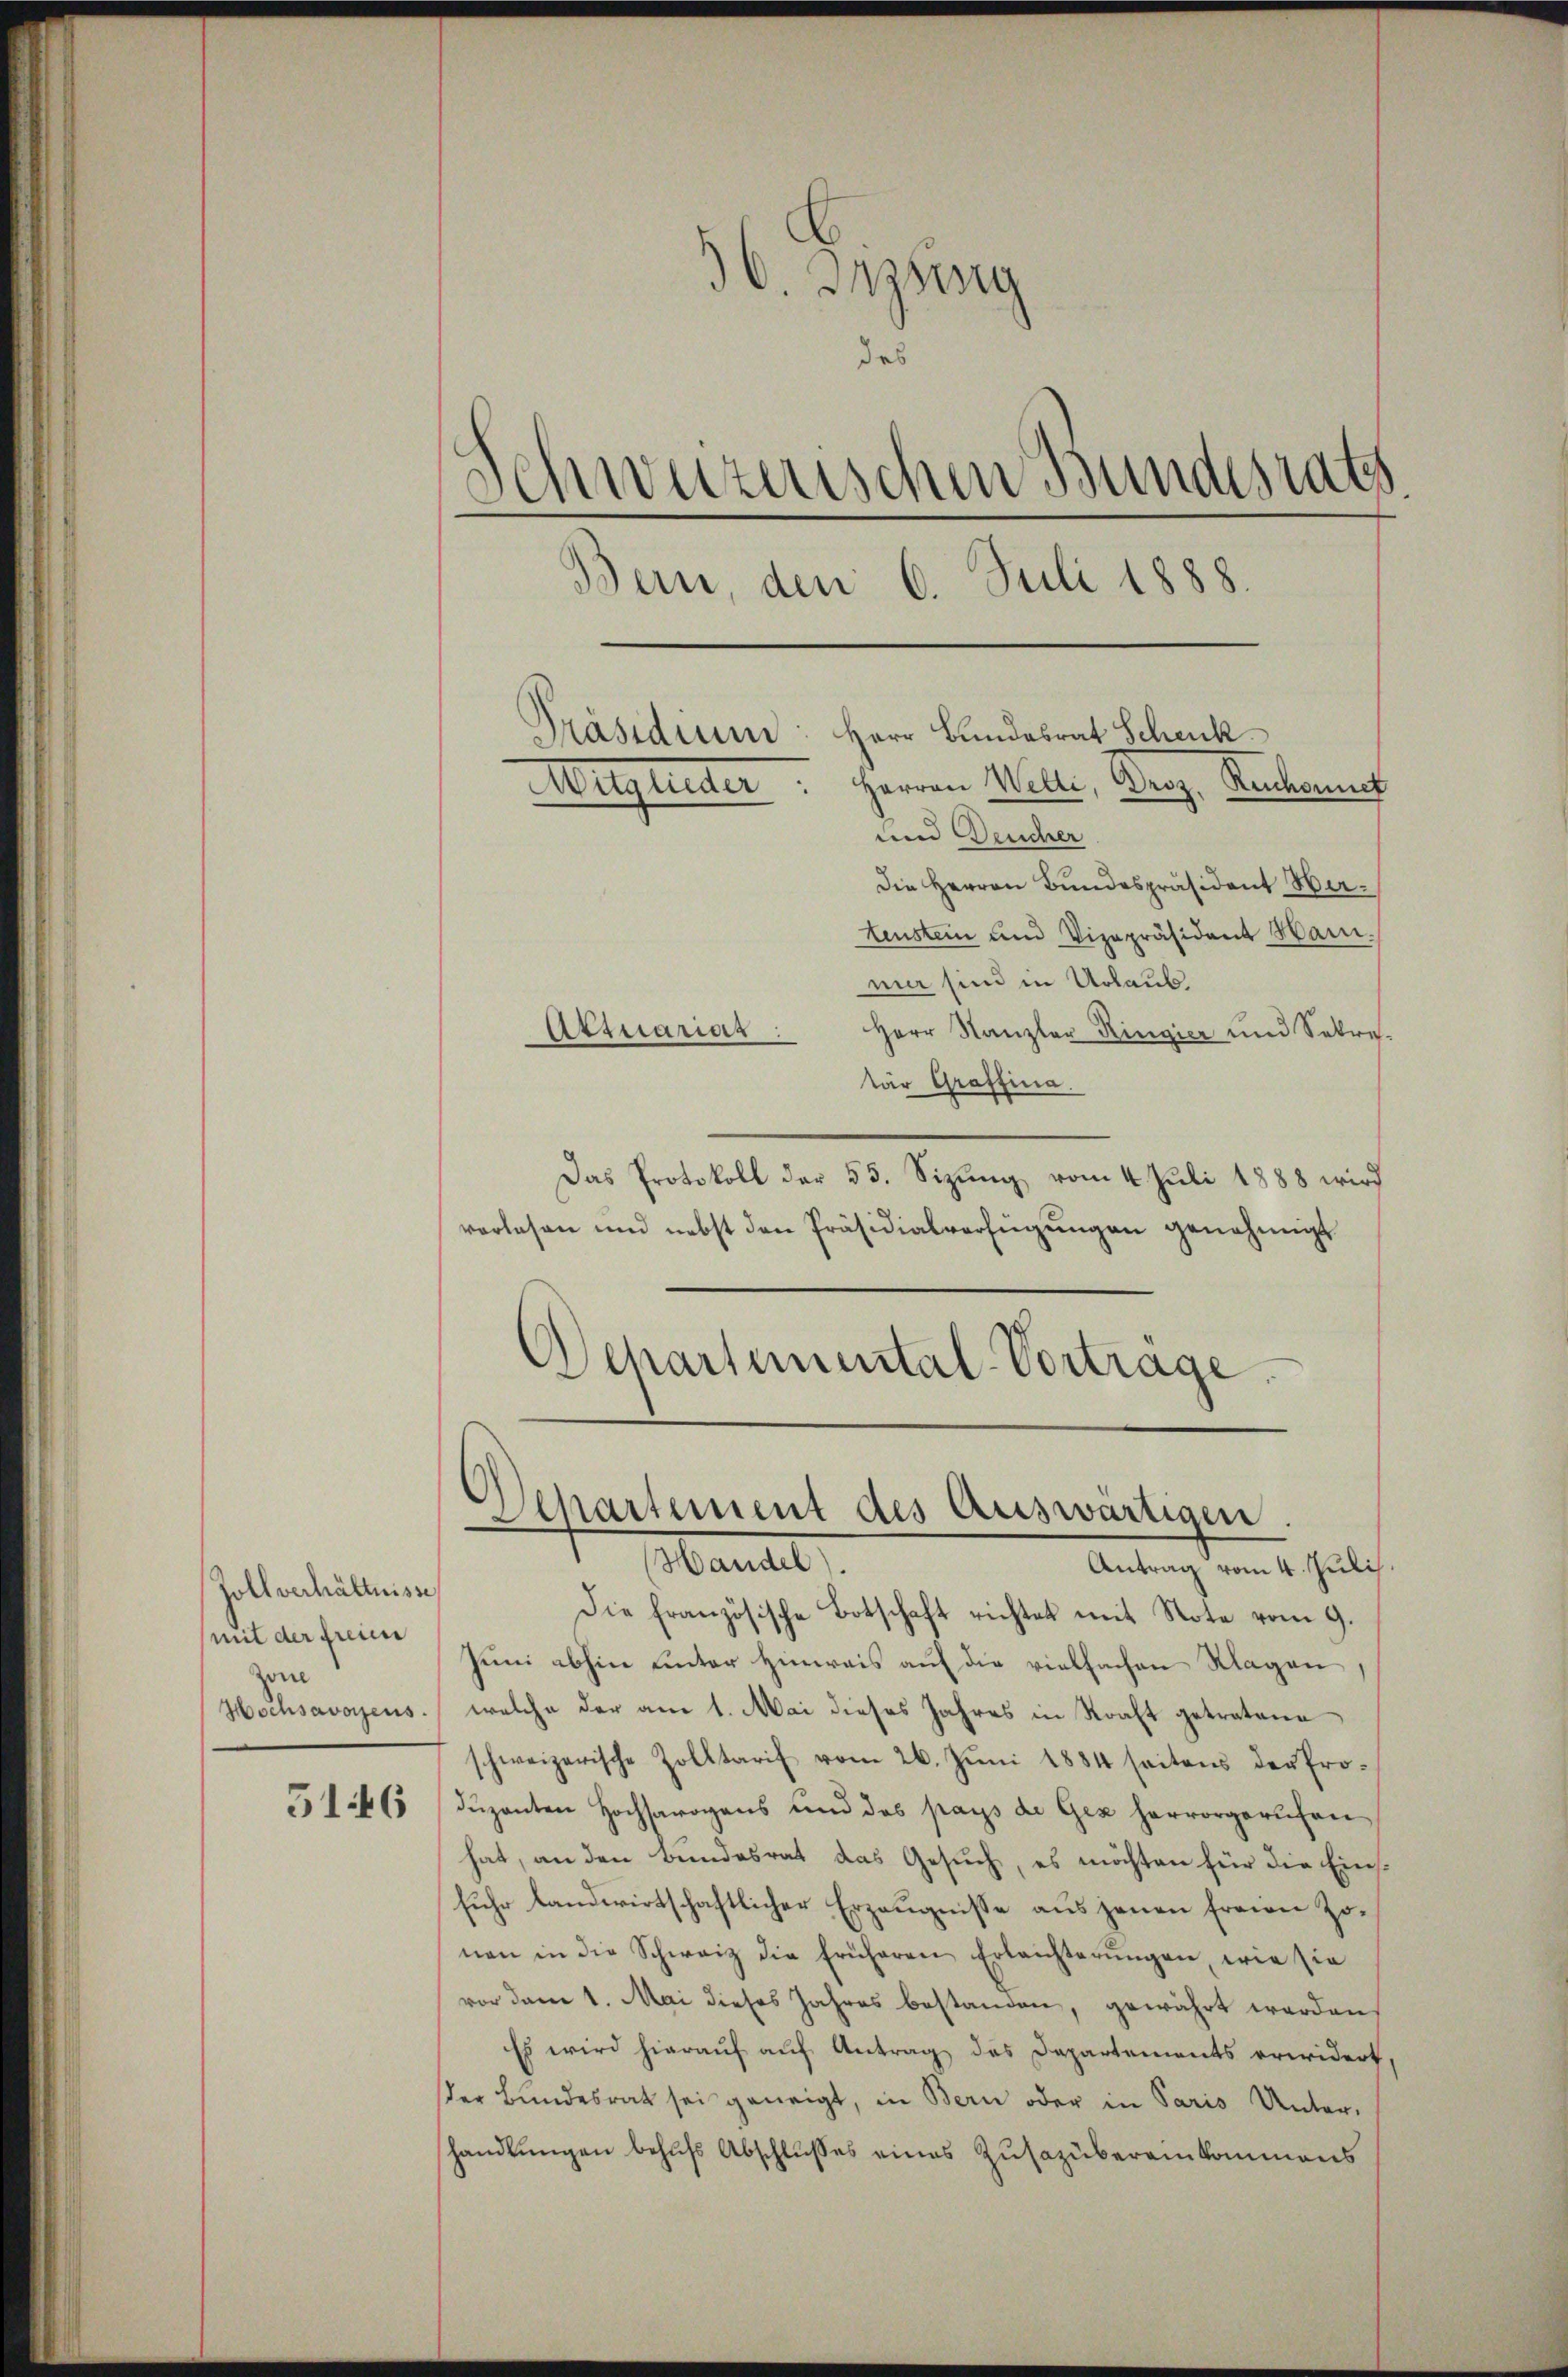
Zoll verhältnisse
(mit der freien
Zone

36. Inzung
des
Schweizerischen Bundesrats
Bern, den 6. Juli 1888.
Präsidium: Herr Bundesrat Schenk
Wilgunter, Herren Welti, Berg, Rechnung
und Deucher

Die Herren Bundespräsident Herteustein und Vizepräsident Ham.
mir sind in Urlaub
Attuariar
Herr Kanzler Ringier und Sekre-
tär Graffina.
Das Protokoll der 55. Sizŭng vom 4. Juli 1888 wird
vorlesen und nebst den Präsidialverfügungen genehmigt
Schartemental-Vertrage.

Die französische Botschaft richtet mit Note vom 9.
Juni abhin unter Hinweis auf die vielfachen Klagen,
Hochsavoyens welche der am 1. Mai dieses Jahres in Kraft getratene
schweizerische Zolltarif vom 26. Jŭni 1884 seitens der Pro-
5146 (duzenten Hochsarogens und des pays de Gez hervorgerufen
hat, an den Bundesrat das Gesuch, es möchten für die Einsfuhr landwirtschaftlicher Erzeugnisse aus jenen freien Zonen in die Schweiz die früheren Erleichterŭngen, wie sie
vor dem 1. Mai dieses Jahres bestanden, gewährt werden,
Es wird hierauf auf Antrag des Departements erwidert.
ser Bŭndesrat sei geneigt, in Bern oder in Paris Unter-
handlungen behufs Abschlusses eines Zusazübereinkommens

Departement des Auswärtigen
Mariel
Antrag vom 4. Juli.